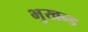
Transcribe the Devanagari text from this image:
भुखन्ड